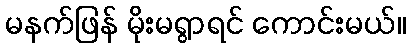
မနက်ဖြန် မိုးမရွာရင် ကောင်းမယ်။